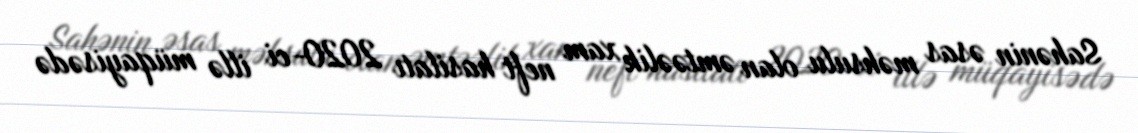
Sahənin əsas məhsulu olan əmtəəlik xam neft hasilatı 2020-ci illə müqayisədə